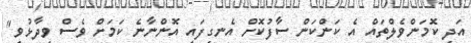
އަދި ކޮމަންވެލްތައް އެ ކަންކަން ސާފުކޮށް އެނގިފައި އޮންނާނެ ކަމަށް ވެސް ވިދާޅުވި"